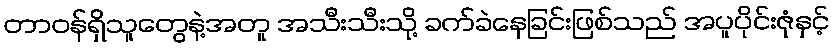
တာဝန်ရှိသူတွေနဲ့အတူ အသီးသီးသို့ ခက်ခဲနေခြင်းဖြစ်သည် အပူပိုင်းဇုံနှင့်